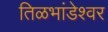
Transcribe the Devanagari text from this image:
तिळभांडेश्वर